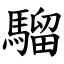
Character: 騮